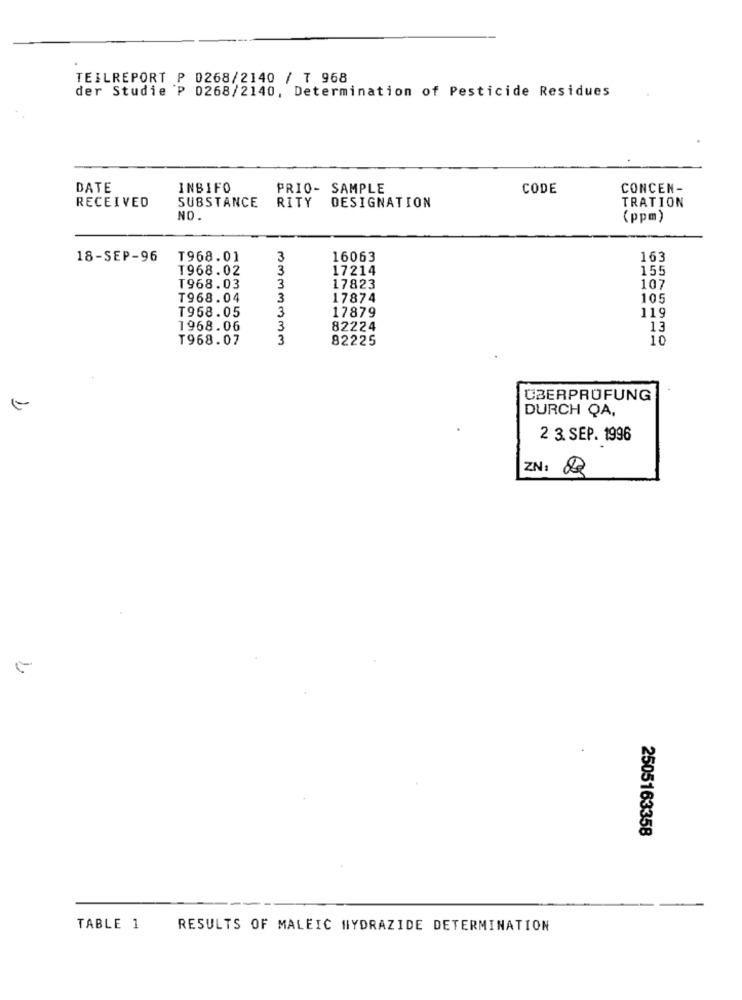
TEILREPORT P 0268/2140 / T 968
der Studie P 0268/2140, Determination of Pesticide Residues
DATE
INBIFO
PRIO- SAMPLE
CODE
CONCEN-
RECEIVED
SUBSTANCE RITY
TRATION
DESIGNATION
NO.
(ppm)
18-SEP-96
T968.01
3
16063
163
T968.02
3
17214
155
T968.03
3
17823
107
T968.04
3
17874
105
T968.05
3
17879
119
1968.06
3
82224
13
T968.07
3
82225
10
ÜBERPRÜFUNG
DURCH QA,
2 3. SEP. 1996
ZN: 82
2505163358
TABLE 1
RESULTS OF MALEIC HYDRAZIDE DETERMINATION